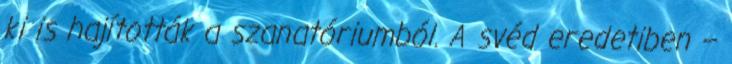
ki is hajították a szanatóriumból. A svéd eredetiben –